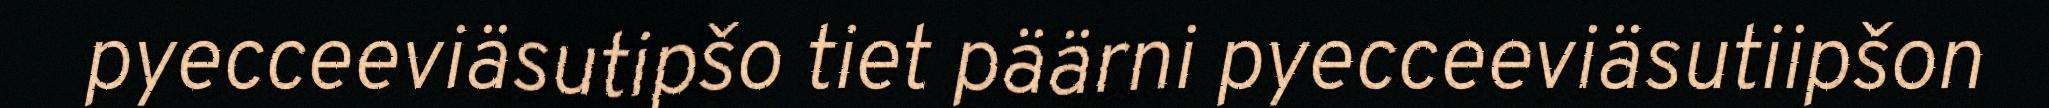
pyecceeviäsutipšo tiet päärni pyecceeviäsutiipšon